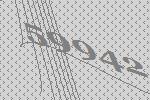
59942